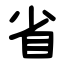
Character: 省